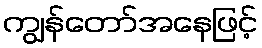
ကျွန်တော်အနေဖြင့်